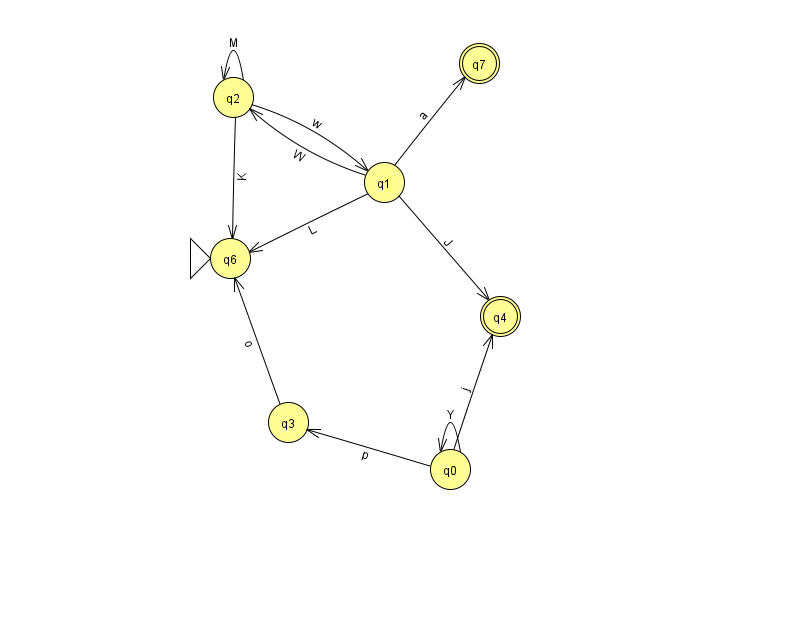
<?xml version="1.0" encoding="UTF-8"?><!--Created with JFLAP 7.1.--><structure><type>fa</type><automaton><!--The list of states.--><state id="0" name="q0"><x>450.0</x><y>456.0</y></state><state id="1" name="q1"><x>384.0</x><y>169.0</y></state><state id="2" name="q2"><x>233.0</x><y>84.0</y></state><state id="3" name="q3"><x>288.0</x><y>409.0</y></state><state id="4" name="q4"><x>500.0</x><y>303.0</y><final/></state><state id="6" name="q6"><x>230.0</x><y>245.0</y><initial/></state><state id="7" name="q7"><x>479.0</x><y>50.0</y><final/></state><!--The list of transitions.--><transition><from>0</from><to>4</to><read>j</read></transition><transition><from>1</from><to>7</to><read>a</read></transition><transition><from>1</from><to>4</to><read>J</read></transition><transition><from>1</from><to>6</to><read>L</read></transition><transition><from>1</from><to>2</to><read>W</read></transition><transition><from>2</from><to>1</to><read>w</read></transition><transition><from>3</from><to>6</to><read>o</read></transition><transition><from>0</from><to>0</to><read>Y</read></transition><transition><from>0</from><to>3</to><read>p</read></transition><transition><from>2</from><to>2</to><read>M</read></transition><transition><from>2</from><to>6</to><read>K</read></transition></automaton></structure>